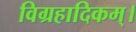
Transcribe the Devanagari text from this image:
विग्रहादिकम्।